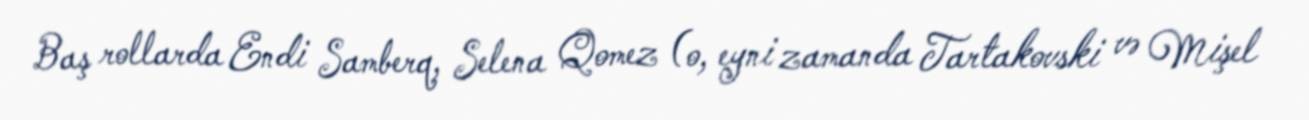
Baş rollarda Endi Samberq, Selena Qomez (o, eyni zamanda Tartakovski və Mişel